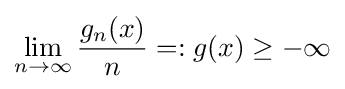
\lim _{n\to \infty }{\frac {g_{n}(x)}{n}}=:g(x)\geq -\infty